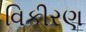
વિકીરણ